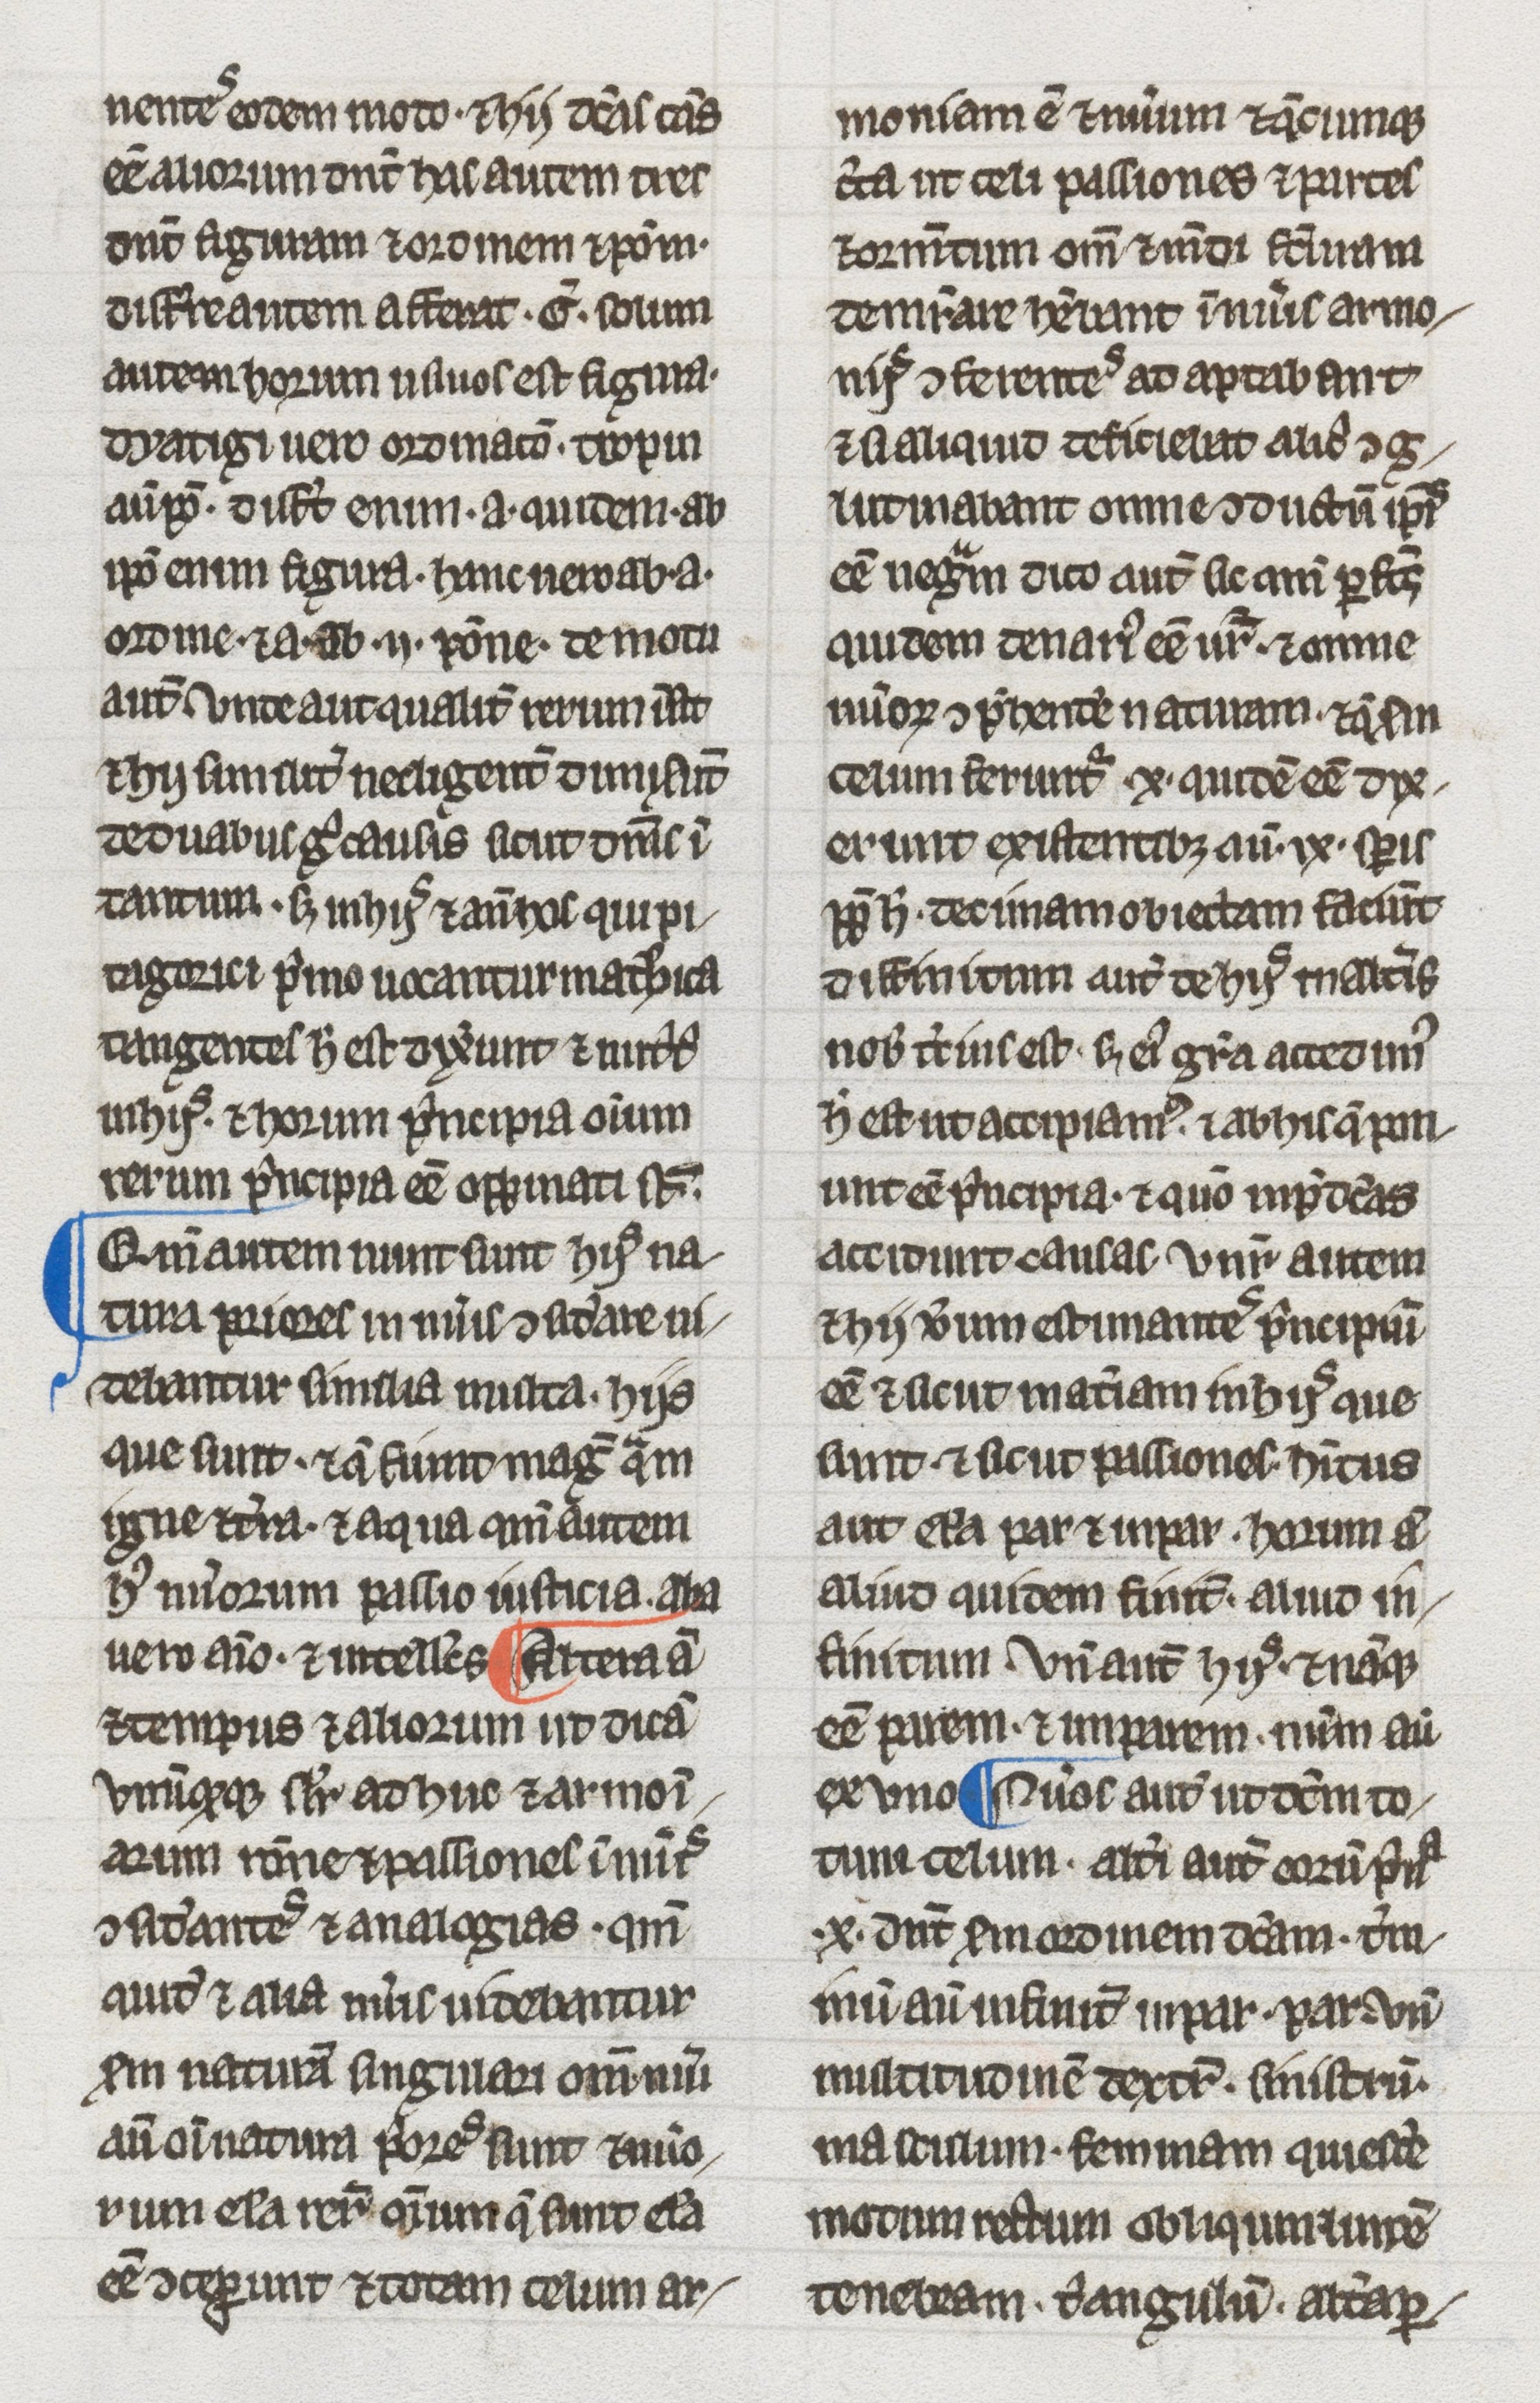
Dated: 1275–1299